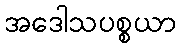
အဒေါသပစ္စယာ